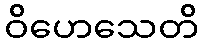
ဝိဟေသေတိ